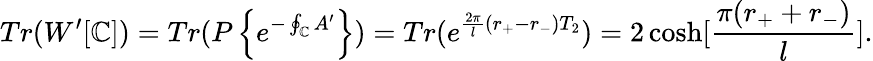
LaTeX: Tr(W^{\prime}[{\cal\mathbb{C}}])=Tr(P\left\{ e^{-\oint_{\cal\mathbb{C}}A^{\prime}}\right\} )=Tr(e^{{{\frac{{2\pi}}{{l}}}(r_{+}-r_{-})}T_{2}})=2\cosh[{\frac{{\pi(r_{+}+r_{-})}}{{l}}}].